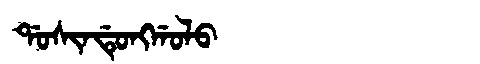
Manchu: ᡩᠣᠰᡳᠨᡩᡠᠩᡤᠣᠯᠣ
Romanization: DOSINDUNGGOLO